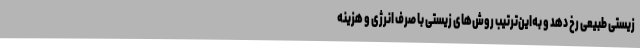
زیستی طبیعی رخ دهد و به‌این‌ترتیب روش‌های زیستی با صرف انرژی و هزینه